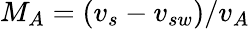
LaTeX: M_{A}=(v_{s}-v_{sw})/v_{A}